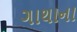
ગાથાના